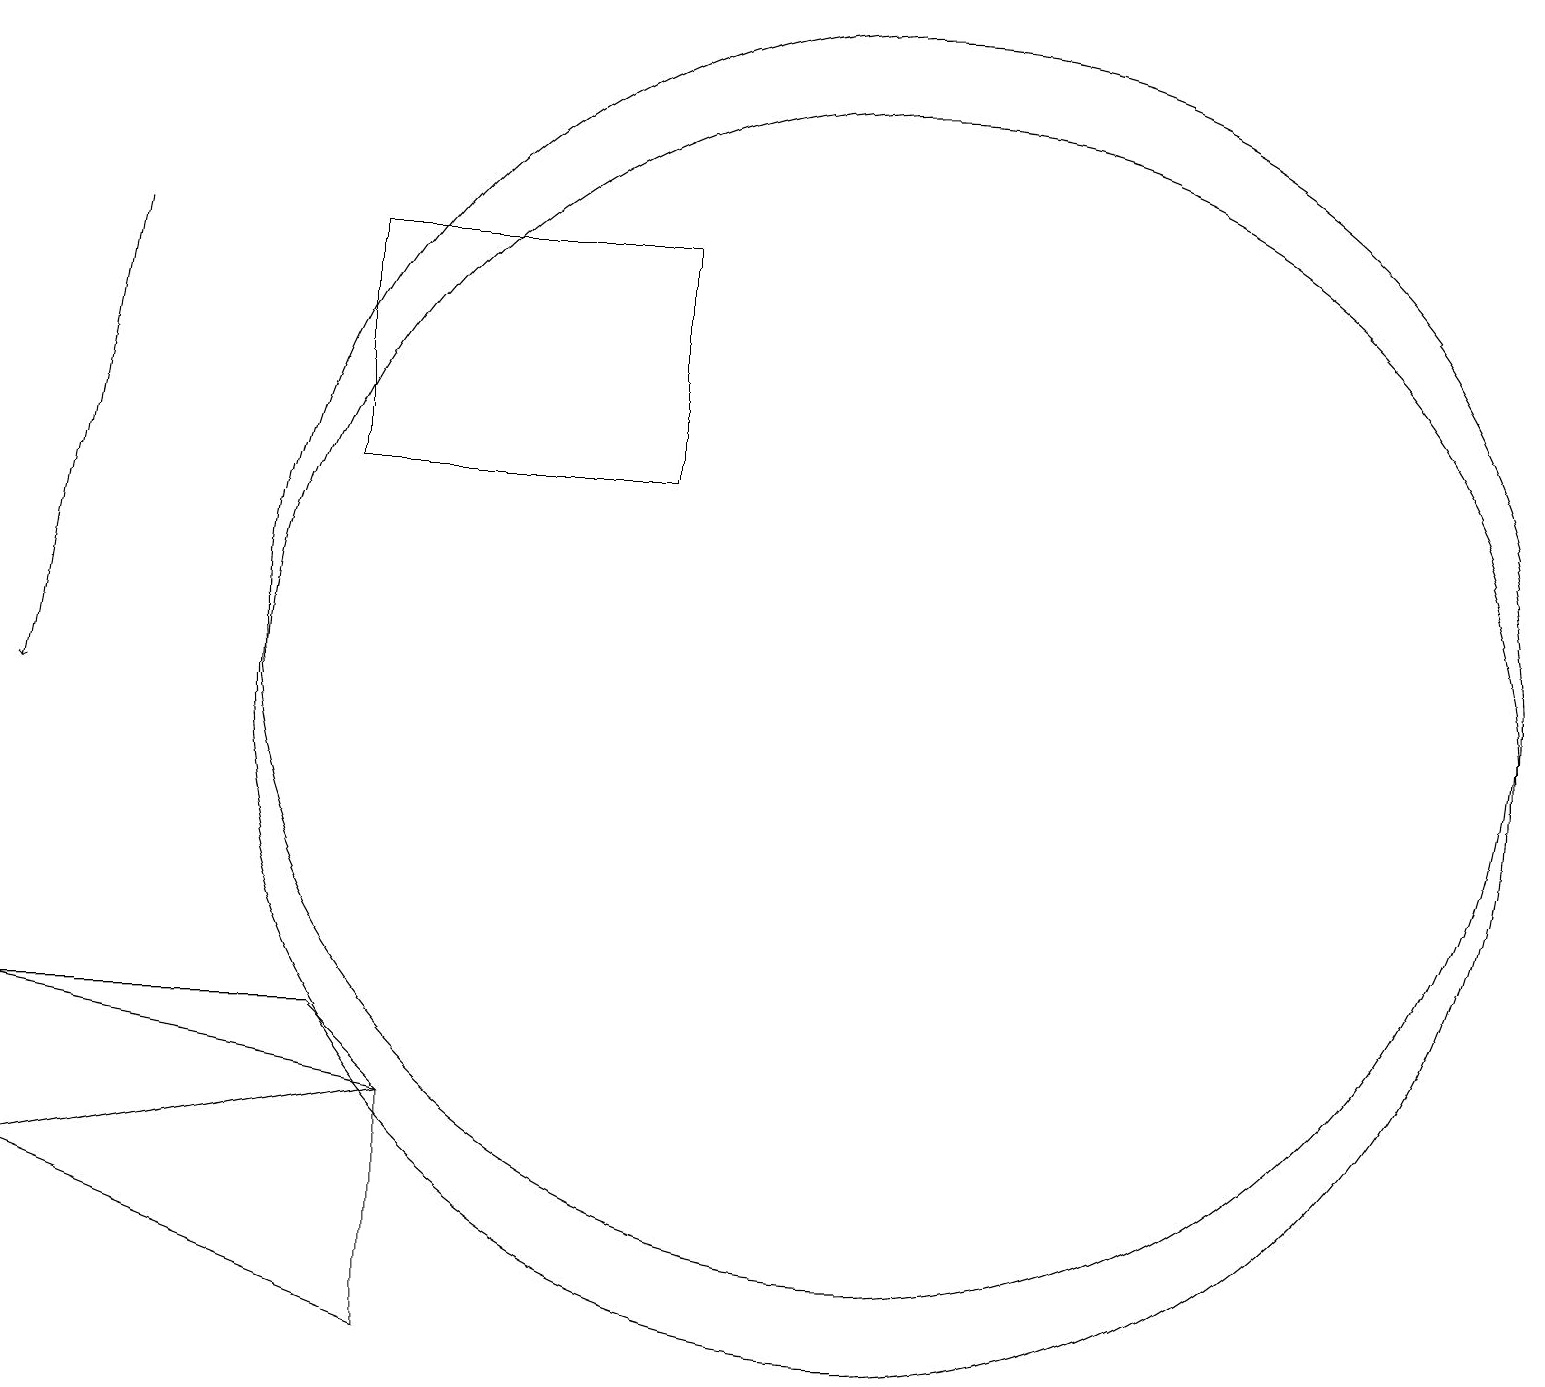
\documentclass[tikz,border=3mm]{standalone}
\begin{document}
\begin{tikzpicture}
\draw (4,14) rectangle (8,17);
\draw (5,6) -- (0,5) -- (5,3) -- cycle;
\draw (11,11) circle (8);
\draw (11,12) circle (8);
\draw (5,6) -- (0,7) -- (4,7) -- cycle;
\draw[->] (1,17) -- (0,11);
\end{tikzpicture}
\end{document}